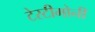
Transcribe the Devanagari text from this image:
टेस्टीमोनी